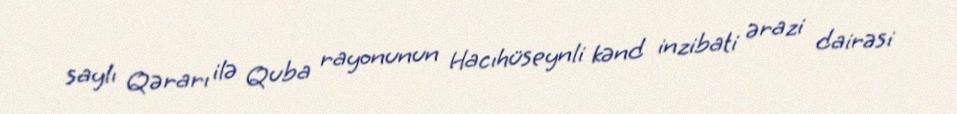
saylı Qərarı ilə Quba rayonunun Hacıhüseynli kənd inzibati ərazi dairəsi